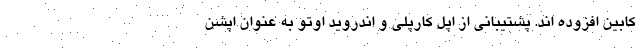
کابین افزوده اند. پشتیبانی از اپل کارپلی و اندروید اوتو به عنوان اپشن